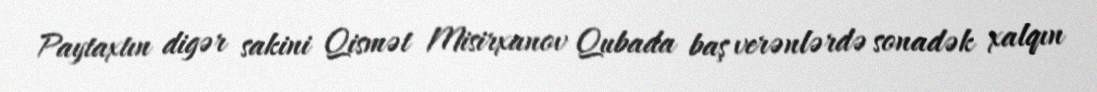
Paytaxtın digər sakini Qismət Misirxanov Qubada baş verənlərdə sonadək xalqın